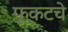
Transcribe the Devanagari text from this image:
फुकटचे